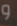
و